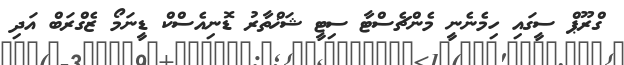
ގްރޫޕް ސީގައި ހިމެނެނީ މެންޗެސްޓާ ސިޓީ ޝަޚްތާރު ޑޮނިއެސްކް ޑީނަމޯ ޒެގްރަބް އަދި